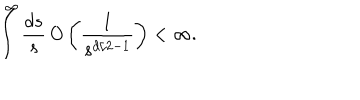
\int ^ { \infty } \frac { d s } { s } \, O \left( \frac { 1 } { s ^ { d / 2 - 1 } } \right) < \infty .